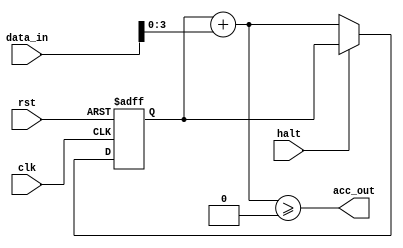
module accumulator_dw #(parameter WIDTH = 4, parameter BITS = 8)(
    input clk,             // Clock input
    input rst,             // Reset input
    input halt,
    input signed [BITS:0] data_in,  // Input data
    output acc_out
);
reg signed [WIDTH-1:0] acc; // THAT -1 IS ILLEGAL
wire signed [WIDTH-1:0] next_acc;
assign next_acc = acc + data_in;
assign acc_out = next_acc >= 0;
always @(posedge clk or posedge rst) begin
    if (rst) begin
        acc <= 0;
    end else if (!halt) begin
        acc <= next_acc;
    end //else $display(next_acc);
end

endmodule